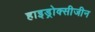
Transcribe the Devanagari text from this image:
हाइड्रोक्सीजीन